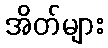
အိတ်များ